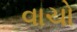
વાચો